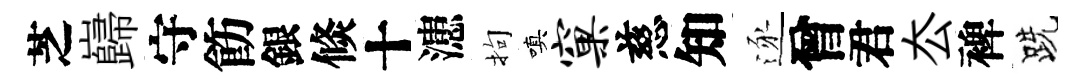
芝巋守飭銀倐十漶拘嗔窠慈知逐曾君厺裨跣